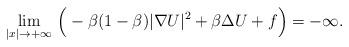
LaTeX: \begin{align*} \underset{|x|\to + \infty}{\lim}\ \Big( - \beta (1 - \beta) |\nabla U|^2 + \beta\Delta U + f \Big) = - \infty. \end{align*}